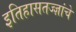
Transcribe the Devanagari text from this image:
इतिहासतज्ज्ञांचे